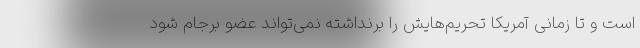
است و تا زمانی آمریکا تحریم‌هایش را برنداشته نمی‌تواند عضو برجام شود